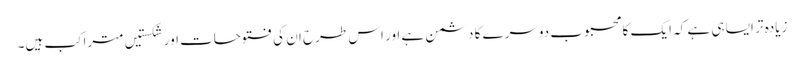
زیادہ تر ایسا ہی ہے کہ ایک کا محبوب دوسرے کا دشمن ہے اور اس طرح ان کی فتوحات اور شکستیں متراکب ہیں۔